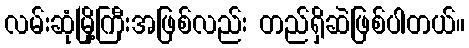
လမ်းဆုံမြို့ကြီးအဖြစ်လည်း တည်ရှိဆဲဖြစ်ပါတယ်။